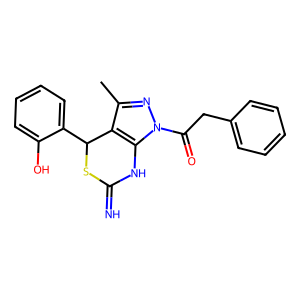
SMILES: Cc1nn(C(=O)Cc2ccccc2)c2c1C(c1ccccc1O)SC(=N)N2
Inhibits HIV replication: Yes